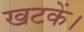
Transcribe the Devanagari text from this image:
खटकें।